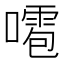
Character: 𠿙